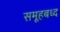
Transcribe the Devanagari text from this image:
समूहबध्द